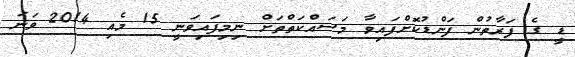
ޑީ ގެ ފަރާތުން ފަންޑުކޮށްފައިވާ މަސައްކަތްތަށް ނިމިފައިވަނީ 15 މެއި 2014 ވަނަ